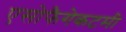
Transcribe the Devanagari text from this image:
एसोफैगेकटमी